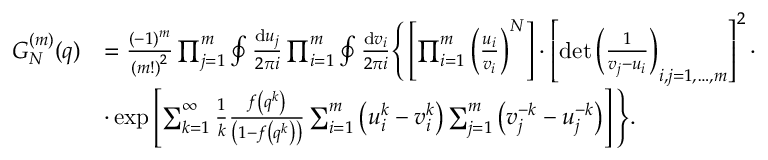
\begin{array} { r l } { G _ { N } ^ { ( m ) } ( q ) } & { = \frac { ( - 1 ) ^ { m } } { \left( m ! \right) ^ { 2 } } \prod _ { j = 1 } ^ { m } \oint \frac { { \mathrm { d } } u _ { j } } { 2 \pi i } \prod _ { i = 1 } ^ { m } \oint \frac { { \mathrm { d } } v _ { i } } { 2 \pi i } \Bigg \{ \left[ \prod _ { i = 1 } ^ { m } \left( \frac { u _ { i } } { v _ { i } } \right) ^ { N } \right] \cdot \left[ \operatorname* { d e t } \left( \frac { 1 } { v _ { j } - u _ { i } } \right) _ { i , j = 1 , \dots , m } \right] ^ { 2 } \cdot } \\ & { \cdot \exp \left[ \sum _ { k = 1 } ^ { \infty } \frac { 1 } { k } \frac { f \left( q ^ { k } \right) } { \left( 1 - f \left( q ^ { k } \right) \right) } \sum _ { i = 1 } ^ { m } \left( u _ { i } ^ { k } - v _ { i } ^ { k } \right) \sum _ { j = 1 } ^ { m } \left( v _ { j } ^ { - k } - u _ { j } ^ { - k } \right) \right] \Bigg \} . } \end{array}